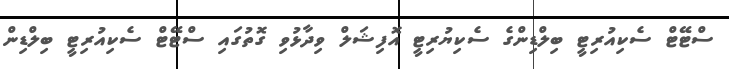
ސްޓޭޓް ސެކިއުރިޓީ ބިލްޑިންގެ ސެކިޔުރިޓީ އޮފިޝަލް ވިދާޅުވި ގޮތުގައި ސްޓޭޓް ސެކިއުރިޓީ ބިލްޑިން